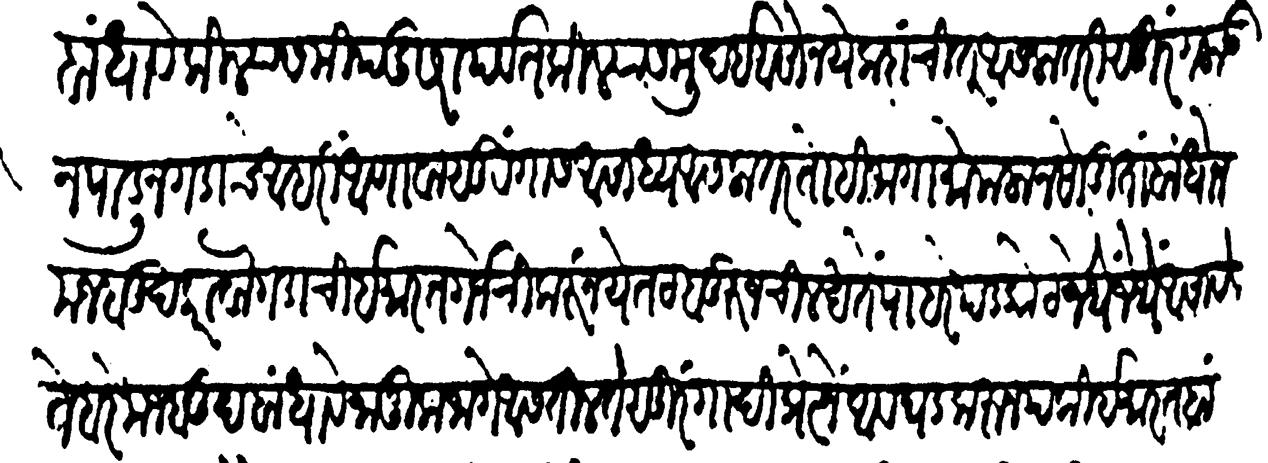
Transliteration (Devanagari): बांधावे किल्ल्यासमीप दुसरा पर्वत किल्ल्यास मुदाई असों नये कदाचित् असला तरी सुरंग लाऊन पाडून गडाचे आहारीं आणावा सुरंगास आसाध्य आसला तर तोहि जागा मोकळा न सोडिता बांधोन मजबूद करावा गडाची इमारत गर्जेची करूं नये तट बुरुज चिलखतें पाहरे पडकोट जेथे जेथे आसावे ते बरे मजबूद बांधावे नाजूक जागे आसतील ते सुरंगादि प्रेत्नें अवघड करून पक्की इमारत बां